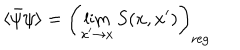
LaTeX: \langle \bar { \psi } \psi \rangle = \left( \lim _ { x ^ { \prime } \rightarrow x } S ( x , x ^ { \prime } ) \right) _ { \mathrm { r e g } }